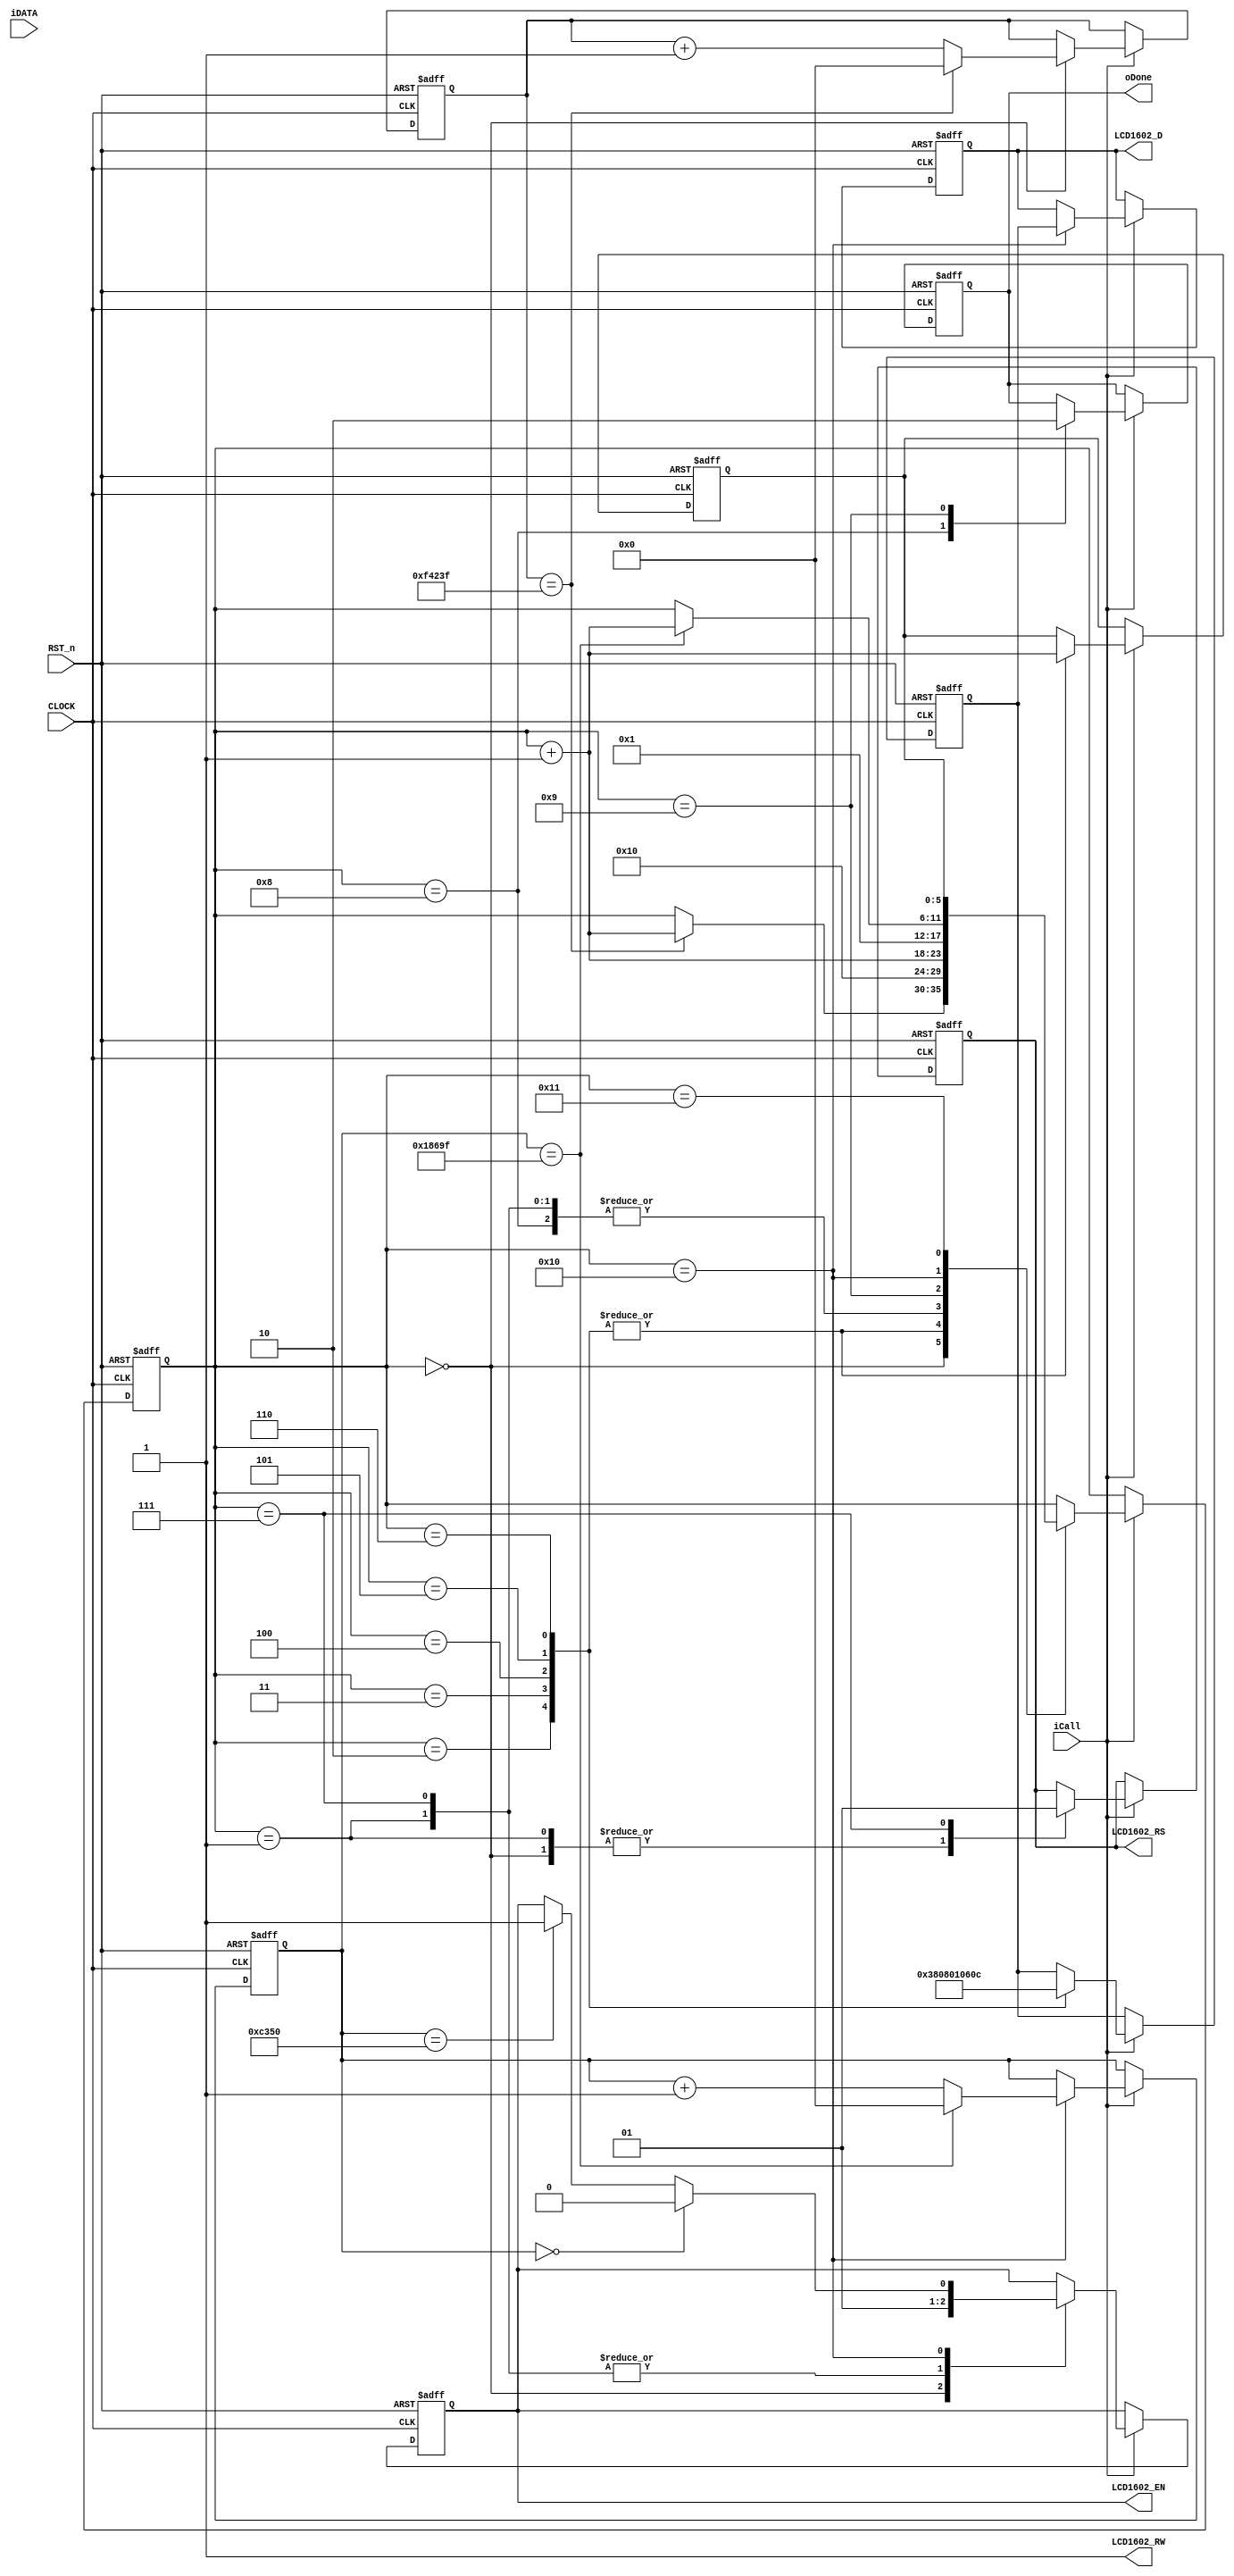
//****************************************************************************//
//# @Author: 
//# @Date:   2019-05-19 21:06:32
//# @Last Modified by:   zlk
//# @WeChat Official Account: OpenFPGA
//# @Last Modified time: 2019-06-29 00:37:30
//# Description: 
//# @Modification History: 2019-05-19 20:58:19
//# Date			    By			   VerDATAn			   Change Description: 
//# ========================================================================= #
//# 2019-05-19 20:58:19
//# ========================================================================= #
//# |                                          								| #
//# |                                OpenFPGA     							| #
//****************************************************************************//
module lcd1602_funcmod
(
    input CLOCK, RST_n,

	//lcd1602 interface
	output 				LCD1602_RS,		//H: Data; L: Instruction code
	output				LCD1602_RW,		//H: Read; L: Write
	output  			LCD1602_EN,		//LCD1602 Chip enable signal
	output		[7:0]	LCD1602_D,		//LCD1602 Data interface

	//Signal
	input iCall,
	output oDone,
	input [7:0]iDATA
);	 
	 parameter DELAY_TIME = 1000_000;   //Delay for 20ms
	 //localparam DELAY_TIME = 20'd1000;		//Just for test
	 parameter FCLK = 20'd100_000, FHALF = 20'd50_000; // 500hz,(1/500hz)/(1/50Mhz) FCLK 
	 //localparam FCLK = 20'd100, FHALF = 20'd50;        //Just for test
	 parameter FF_Write = 6'd16;//FHALF   //tsp1
	 //localparam FF_Write = 20'd16;        //Just for test
	
	 
	 assign LCD1602_RW=1'b1;
	 reg [19:0]C1,C2;
    reg [5:0]i,Go;
	 reg [7:0]T; //D1  T 
	 reg rRS, rEN; 
	 reg [7:0]rDATA;
	 reg isDone; //isQ  IO 
	 
//LCD1602 init
localparam	DISP_SET	= 	8'h38;	//Display mode: Set 16X2,5X8, 8 bits data
localparam 	DISP_OFF	= 	8'h08;	//Display off
localparam 	CLR_SCR 	= 	8'h01;	//Clear the LCD
localparam 	CURSOR_SET1 = 	8'h06;	//Set Cursor
localparam 	CURSOR_SET2 = 	8'h0C;	//Display on

    always @ ( posedge CLOCK or negedge RST_n )	
	     if( !RST_n )
		      begin
				    { C1,C2 } <={ 20'd0,20'd0 };
				    { i,Go } <= { 6'd0,6'd0 };
					 T  <= 8'd0;
					 { rRS, rEN, rDATA } <= 3'b000;
					  isDone <= 1'b0;
				end
/***********************************************************************
 0 
 1 
 2  3~4 
***********************************************************************/
		   else if( iCall )
			    case( i )
				     
					0://20ms
					    begin 
					    	{ rRS,rEN } <= 2'b00; 
					  		if( C2 == DELAY_TIME -1) begin C2 <= 20'd0; i <= i + 1'b1; end
							else C2 <= C2 + 1'b1;
					    end
				
					1:
					    begin { rRS,rEN } <= 2'b01; i <= i + 1'b1; end 

					2:
					    begin T <= DISP_SET; i <= FF_Write; Go <= i + 1'b1; end

					3:
					    begin T <= DISP_OFF; i <= FF_Write; Go <= i + 1'b1; end

					4:
					    begin T <= CLR_SCR; i <= FF_Write; Go <= i + 1'b1; end

					5:
					    begin T <= CURSOR_SET1; i <= FF_Write; Go <= i + 1'b1; end

					6:
						begin T <= CURSOR_SET2; i <= FF_Write; Go <= i + 1'b1; end

					7:
					    begin { rRS,rEN } <= 2'b11; i <= i + 1'b1; end
					  
					8:
					  begin isDone <= 1'b1; i <= i + 1'b1; end
					  
					9:
					  begin isDone <= 1'b0; i <= 6'd1; end
					  
					  /******************/
					  
					  16:
					  begin

					      rDATA <= T;//
							
						if( C1 == 0 ) rEN <= 1'b0;
 					    else if( C1 == FHALF ) rEN <= 1'b1;
					  
					    if( C1 == FCLK -1) begin C1 <= 20'd0; i <= i + 1'b1; end
						else C1 <= C1 + 1'b1;
					  end
					  
					  17:
					  i <= Go;
					  
				 endcase
       
/***********************************************************************
 rDATA  LCD1602_D_DATA D  oData	
***********************************************************************/
		assign { LCD1602_RS,LCD1602_EN } = { rRS,rEN };
		assign LCD1602_D = rDATA ;  //isQ ? rDATA : 1'bz;
		assign oDone = isDone;

endmodule